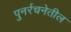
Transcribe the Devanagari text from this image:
पुनर्रचनेतील